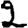
Digit: 2